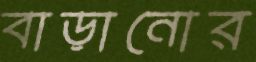
বাড়ানোর